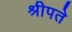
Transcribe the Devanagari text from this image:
श्रीपते